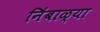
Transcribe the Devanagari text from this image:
निंबाळ्या